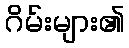
ဂိမ်းများ၏